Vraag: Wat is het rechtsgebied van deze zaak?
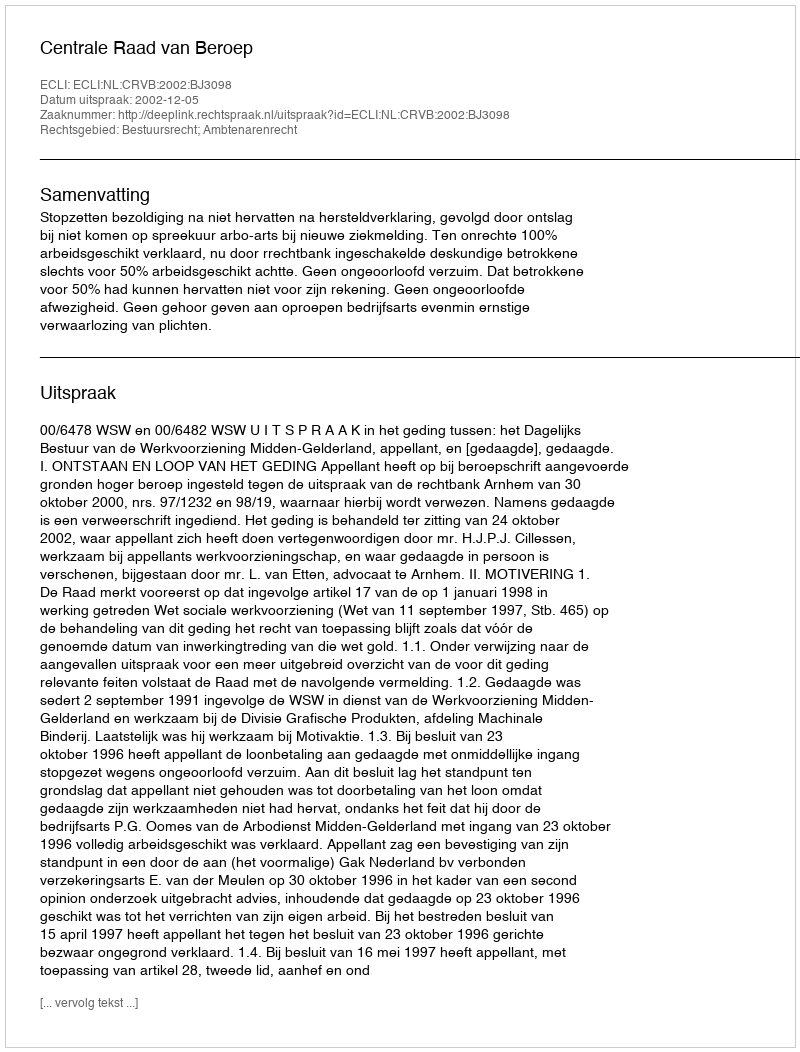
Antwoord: Bestuursrecht; Ambtenarenrecht